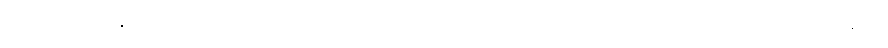
အရှိန်မထိန်းနိုင်ဘဲ ဒိုင်နာကားတစ်စီးအား ဘေးခြမ်းအားဝင်တိုက်မိပြီး တိုးဂိတ်ရှိ ထိုင်ခုံမှာ ထိုင်နေတဲ့